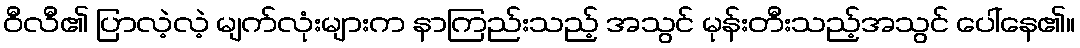
ဝီလီ၏ ပြာလဲ့လဲ့ မျက်လုံးများက နာကြည်းသည့် အသွင် မုန်းတီးသည့်အသွင် ပေါ်နေ၏။